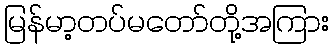
မြန်မာ့တပ်မတော်တို့အကြား